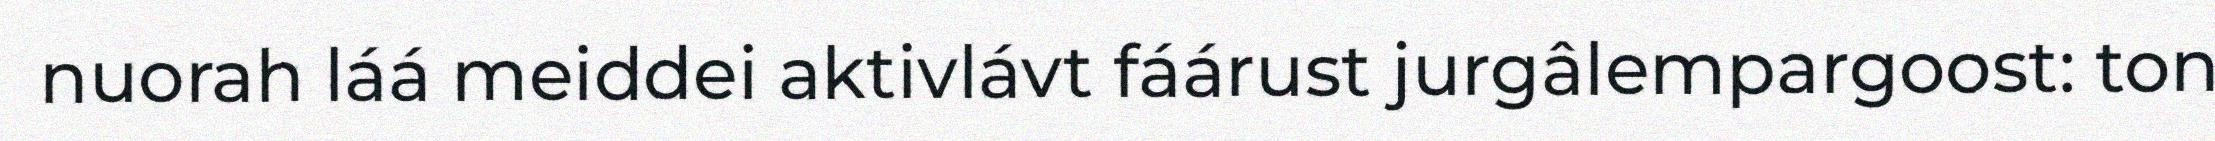
nuorah láá meiddei aktivlávt fáárust jurgâlempargoost: ton